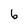
Character: 6